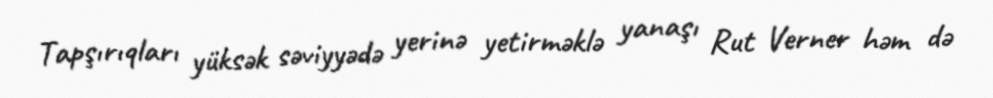
Tapşırıqları yüksək səviyyədə yerinə yetirməklə yanaşı Rut Verner həm də